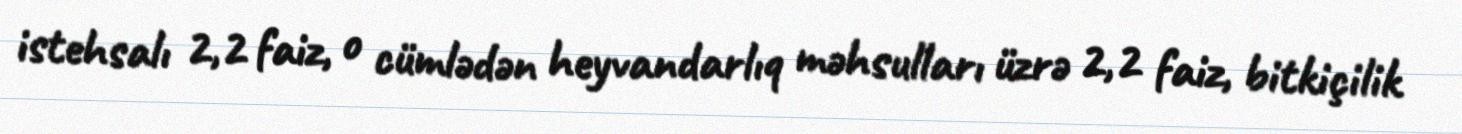
istehsalı 2,2 faiz, o cümlədən heyvandarlıq məhsulları üzrə 2,2 faiz, bitkiçilik